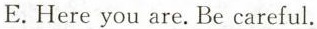
E.Here you are. Be careful.